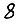
Digit: 8